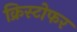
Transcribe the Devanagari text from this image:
क्रिस्‍टोफर